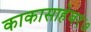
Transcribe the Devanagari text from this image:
काकासाहेब१७